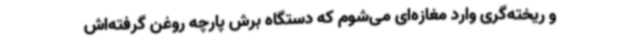
و ریخته‌گری وارد مغازه‌ای می‌شوم که دستگاه برش پارچه روغن گرفته‌اش